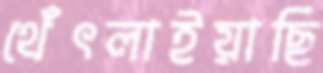
থেঁৎলাইয়াছি